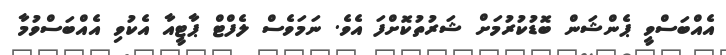
އެއްބަސްވީ ޕެންޝަން ބޮޑުކުރުމަށް ޝަރުތުކޮށްފަ އެވެ. ނަމަވެސް ލެފްޓް ޕާޓީއާ އެކުވި އެއްބަސްވުމާ